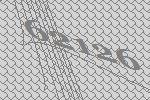
62126